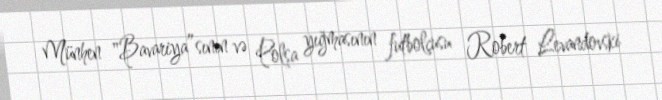
Münhen "Bavariya”sının və Polşa yığmasının futbolçusu Robert Levandovski